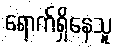
ရောက်ရှိနေသူ